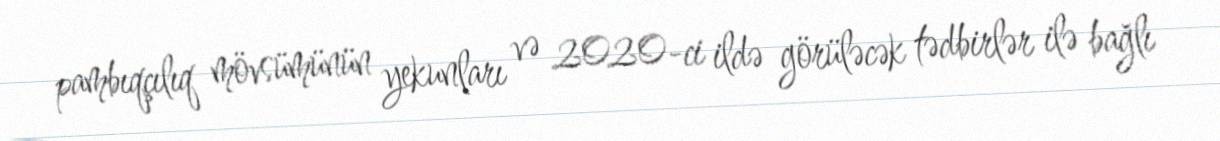
pambıqçılıq mövsümünün yekunları və 2020-ci ildə görüləcək tədbirlər ilə bağlı